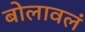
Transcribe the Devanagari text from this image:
बोलावलं